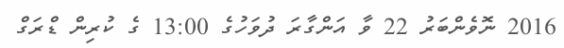
2016 ނޮވެންބަރު 22 ވާ އަންގާރަ ދުވަހުގެ 13:00 ގެ ކުރިން ޑްރަގް